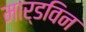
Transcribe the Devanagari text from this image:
मार्डविन